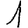
Digit: 1